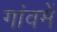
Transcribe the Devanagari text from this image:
गांवमें